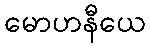
မောဟနီယေ